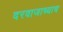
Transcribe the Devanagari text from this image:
दरवाजाच्याच